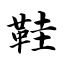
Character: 鞋